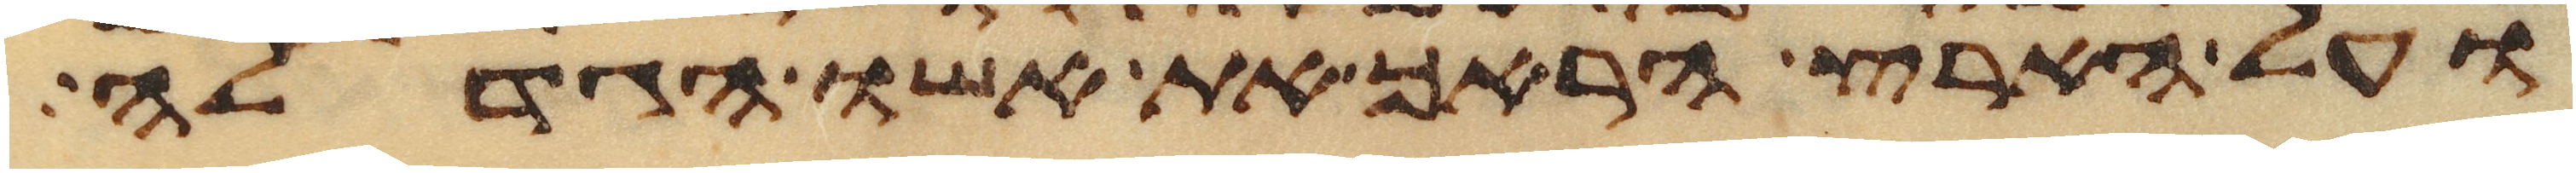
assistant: ועל הארץ הראך את אשו הגדלה